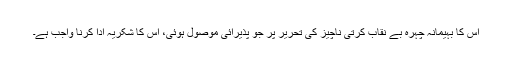
اس کا بہیمانہ چہرہ بے نقاب کرتی ناچیز کی تحریر پر جو پذیرائی موصول ہوئی، اس کا شکریہ ادا کرنا واجب ہے۔